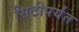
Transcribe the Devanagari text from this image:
सिटीपर्यंत